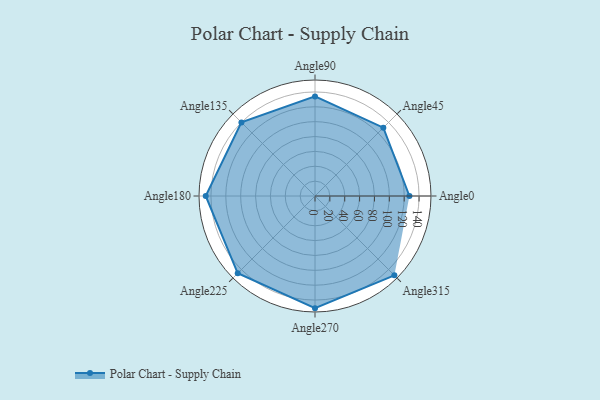
{"axis": {"x": "Angle", "y": "Radius"}, "legend": [""], "data": [{"x": "Angle0", "y": 127.0, "type": ""}, {"x": "Angle45", "y": 130.0, "type": ""}, {"x": "Angle90", "y": 134.0, "type": ""}, {"x": "Angle135", "y": 140.0, "type": ""}, {"x": "Angle180", "y": 147.0, "type": ""}, {"x": "Angle225", "y": 147.0, "type": ""}, {"x": "Angle270", "y": 151.0, "type": ""}, {"x": "Angle315", "y": 151.0, "type": ""}]}